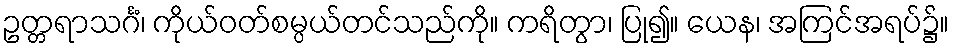
ဥတ္တရာသင်္ဂံ၊ ကိုယ်ဝတ်စမ္ပယ်တင်သည်ကို။ ကရိတွာ၊ ပြု၍။ ယေန၊ အကြင်အရပ်၌။